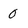
Character: 0